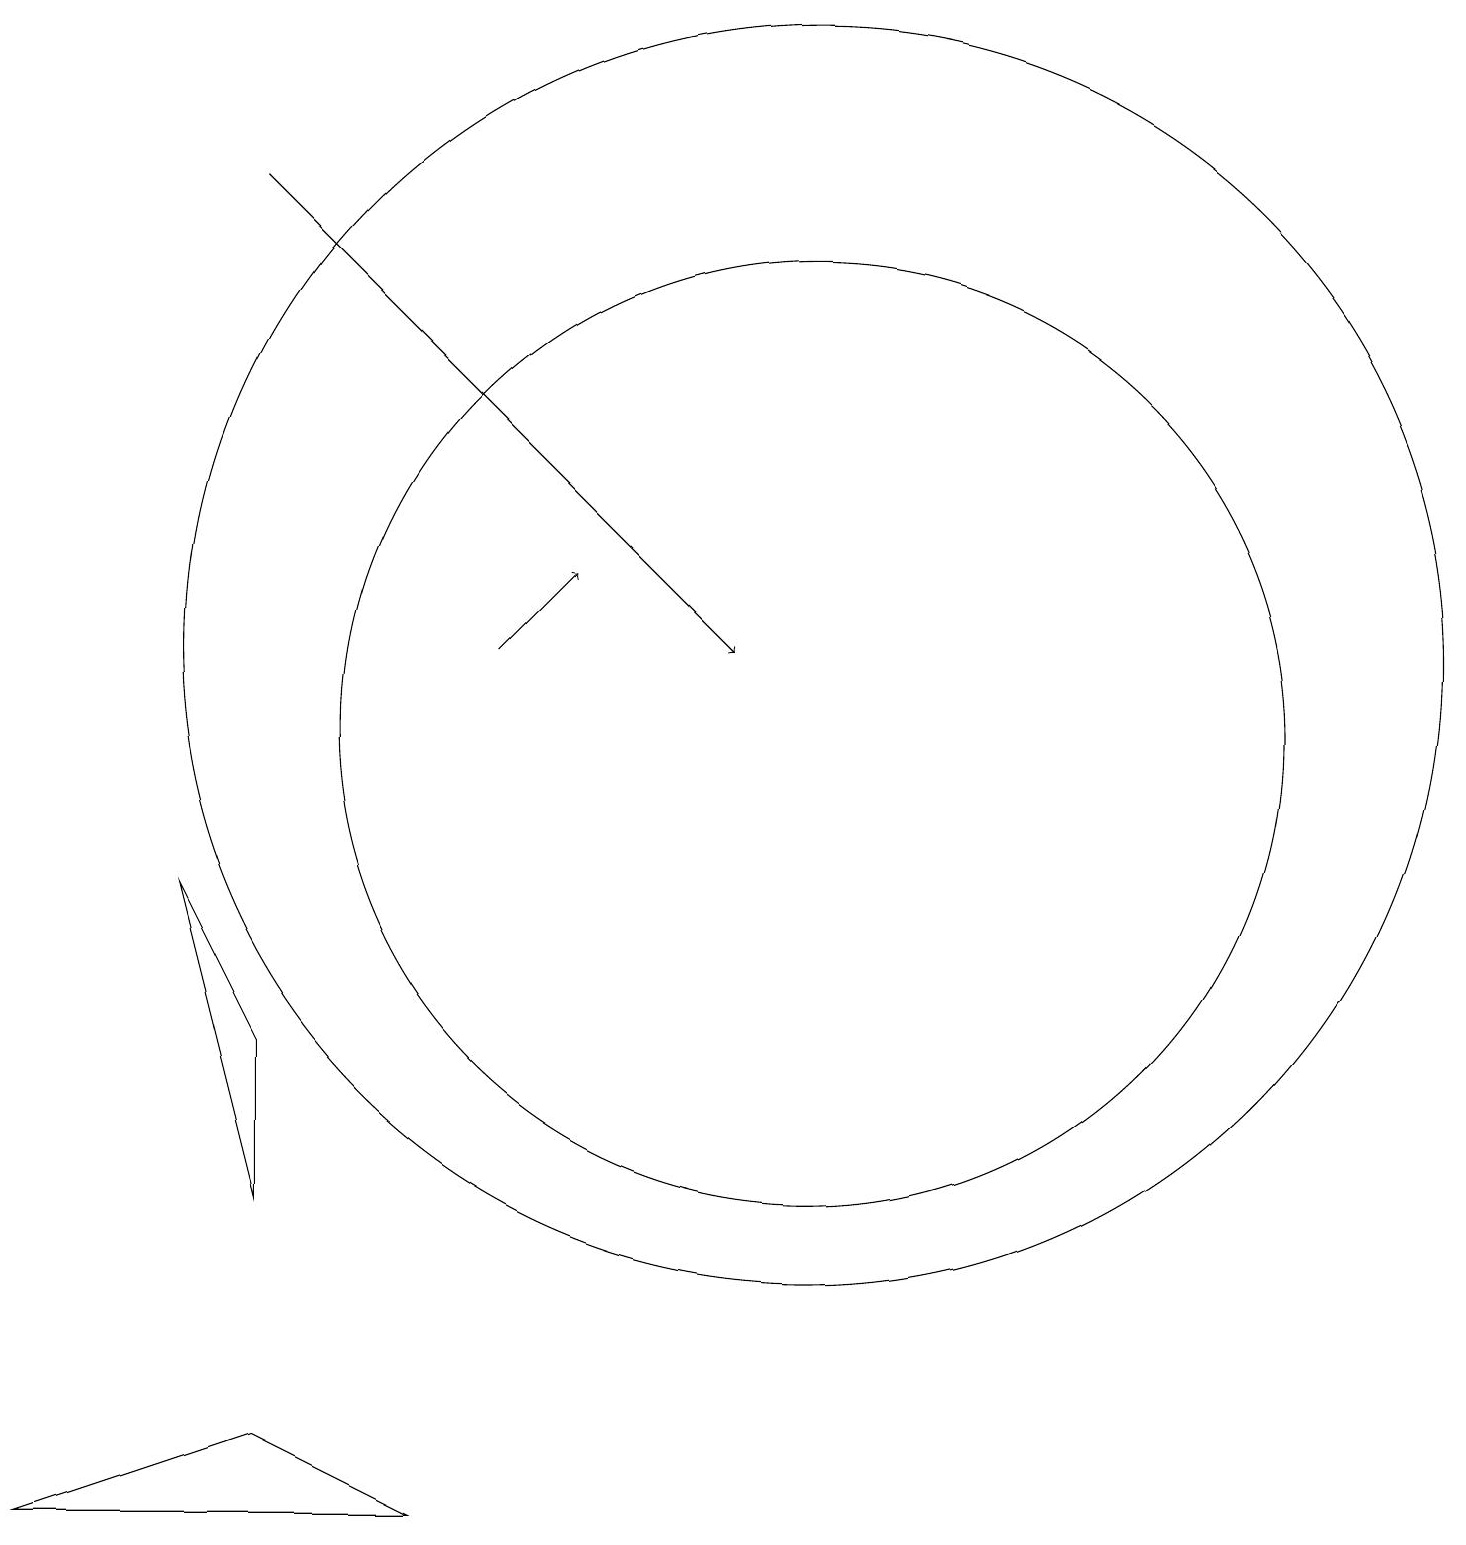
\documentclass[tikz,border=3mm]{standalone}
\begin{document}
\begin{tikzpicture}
\draw[->] (3,18) -- (9,12);
\draw (10,12) circle (8);
\draw[->] (6,12) -- (7,13);
\draw (10,11) circle (6);
\draw (3,2) -- (5,1) -- (0,1) -- cycle;
\draw (2,9) -- (3,7) -- (3,5) -- cycle;
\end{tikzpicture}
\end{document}